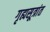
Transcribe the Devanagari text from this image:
गृह्यसूत्रांत